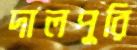
দালপুরি